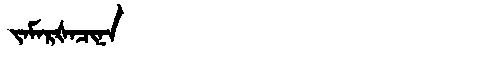
Manchu: ᠵᠠᠮᠠᡵᡧᠠᠴᡳᠨᠠ
Romanization: JAMARŠACINA